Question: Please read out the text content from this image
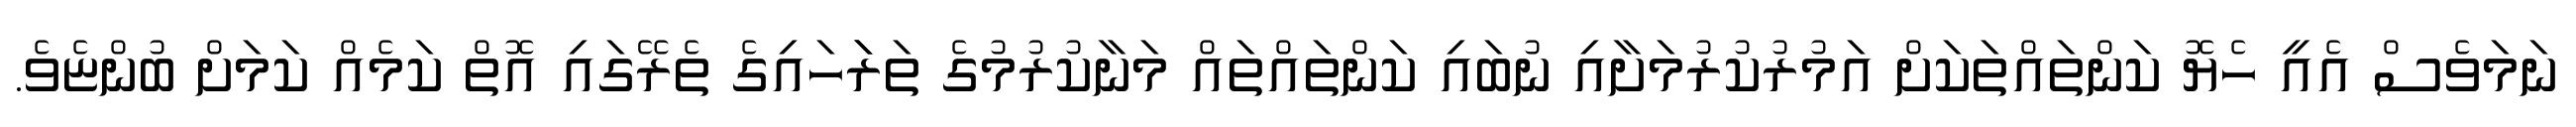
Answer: ނަމަވެސް އެއީ ހެޔޮ ކަންތައްތަކަށް އަމުރުކުރުމަށާއި ނުބައި ކަންތައްތައް މަނާކުރުމުގެ ތަރަަހައިގެ ތެރޭގައި އޮތް ކަމެއް ކަމަށް ބުންޏެވެ.